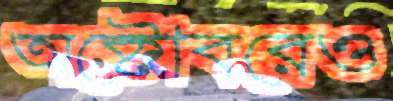
অক্টোবরেও